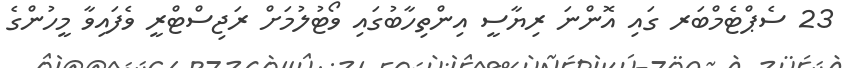
23 ސެޕްޓެމްބަރ ގައި އޮންނަ ރިޔާސީ އިންތިހާބުގައި ވޯޓުލުމަށް ރަޖިސްޓްރީ ވެފައިވާ މީހުންގެ